Lunatic asylums Madras 1877-1891 - 1877-1891
Year: 1877
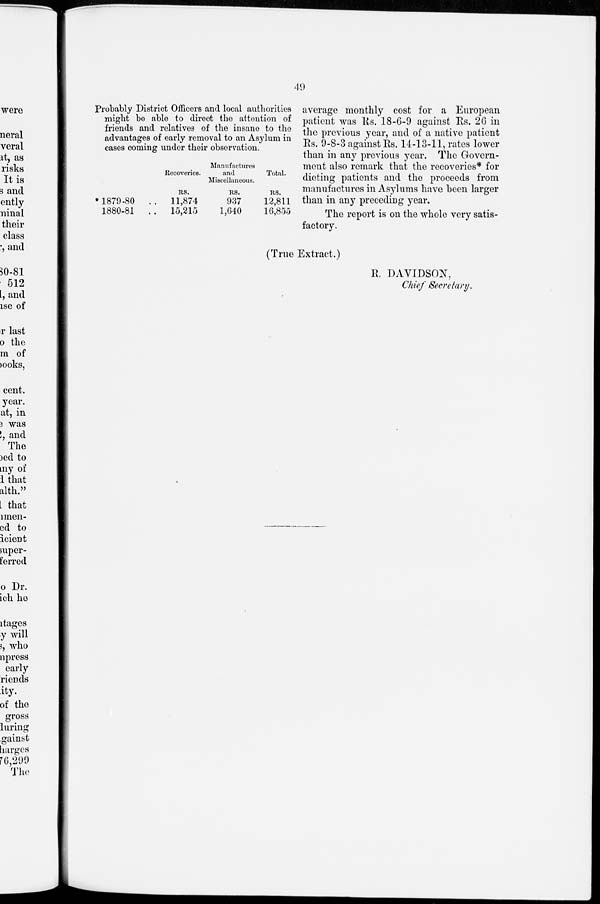
49
Probably District Officers and local authorities
might be able to direct the attention of
friends and relatives of the insane to the
advantages of early removal to an Asylum in
cases coming under their observation.
* 1879-80 ..
1880-81 ..
Recoveries.
Rs.
11,874
15,215
Manufactures
and
Miscellaneous.
Rs.
937
1,640
Total.
Rs.
12,811
16,855
average monthly cost for a European
patient was Rs. 18-6-9 against Rs. 26 in
the previous year, and of a native patient
Rs. 9-8-3 against Rs. 14-13-11, rates lower
than in any previous year. The Govern-
ment also remark that the recoveries* for
dieting patients and the proceeds from
manufactures in Asylums have been larger
than in any preceding year.
The report is on the whole very satis-
factory.
(True Extract.)
R. DAVIDSON,
Chief Secretary.